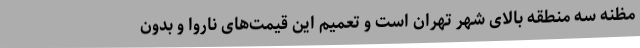
مظنه سه منطقه بالای شهر تهران است و تعمیم این قیمت‌های ناروا و بدون